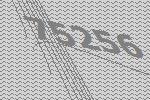
75256